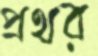
প্রথর